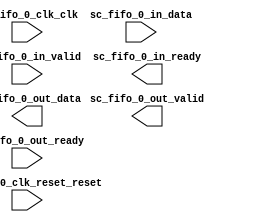

module audio_fifo (
	sc_fifo_0_clk_clk,
	sc_fifo_0_clk_reset_reset,
	sc_fifo_0_in_data,
	sc_fifo_0_in_valid,
	sc_fifo_0_in_ready,
	sc_fifo_0_out_data,
	sc_fifo_0_out_valid,
	sc_fifo_0_out_ready);	

	input		sc_fifo_0_clk_clk;
	input		sc_fifo_0_clk_reset_reset;
	input	[15:0]	sc_fifo_0_in_data;
	input		sc_fifo_0_in_valid;
	output		sc_fifo_0_in_ready;
	output	[15:0]	sc_fifo_0_out_data;
	output		sc_fifo_0_out_valid;
	input		sc_fifo_0_out_ready;
endmodule